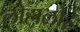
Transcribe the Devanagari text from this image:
लोहालोहे